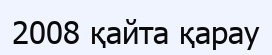
2008 қайта қарау